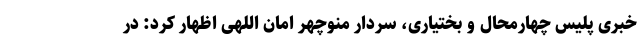
خبری پلیس چهارمحال و بختیاری، سردار منوچهر امان اللهی اظهار کرد: در